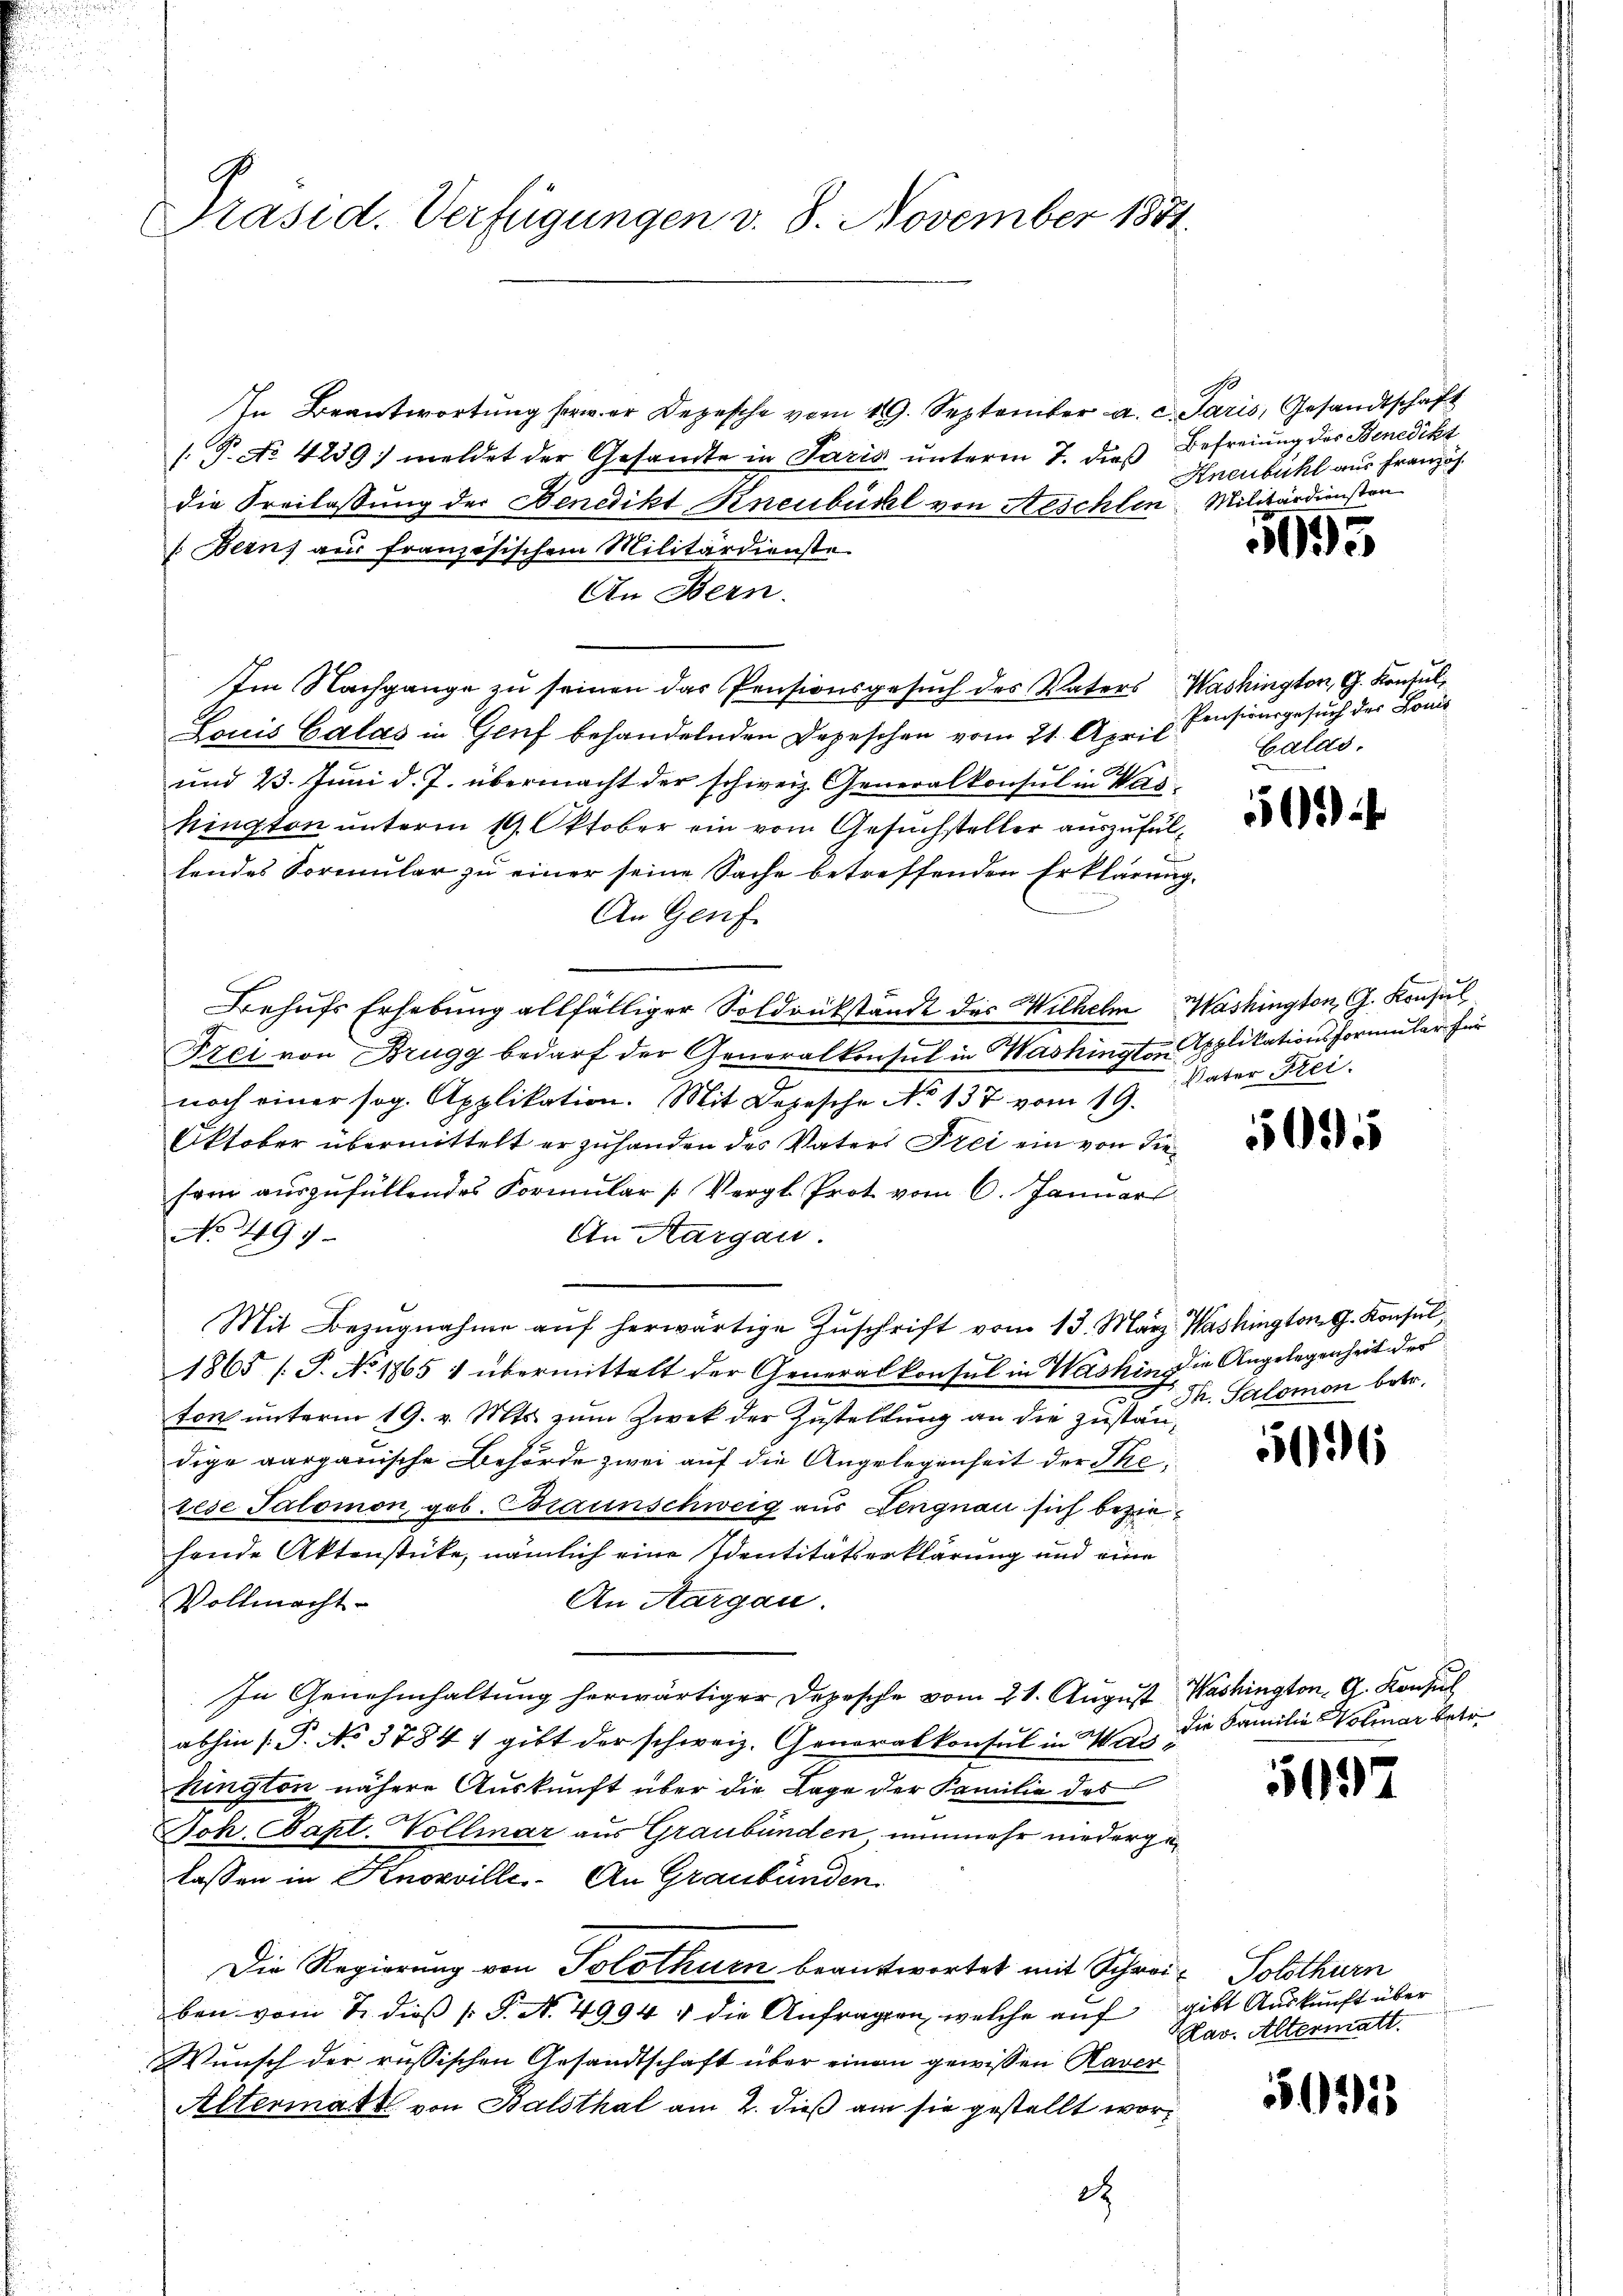
Präsid. Verfügungen v. 8. November 1881.

In Beantwortung herer Depesche vom 19. September a. c. Paris, Gesandtschaft
.P. No 4239) meldet der Gesandte in Paris unterm 7. dies Befreiung des Benedikt
die Freilassung der Benedikt Kneubüchl von Aeschlen. Militärdiensten
(Berns aus französischem Militärdienste
An Bern.
Im Nachgange zu seinen das Pensionsgesuch des Vaters Washington, G. Konsul¬
Louis Calas in Genf behandelnden Depeschen vom 21. April.
und 23. Juni d. J. übermacht der schweiz. Generalkonsul in Waskington unterm 19. Oktober ein vom Gesuchsteller auszufüllendes Formular zu einer seine Sache betreffenden Erklärung,
An Genf
Behufs Erhebung allfälliger Soldrükständt des Wilhelm Washington G. Konsul
c
Fzei von Brugg bedarf der Generalkonsul in Washington Applikationsformular für
noch einer sog. Applikation. Mit Depesche No 137 vom 19.
Oktober übermittelt er zuhanden des Vaters Frei ein von diesam auszufüllendes Formular (Vergl. Prot vom 6. Januar
No 1497.
An Aargau.
Mit Bezŭgnahme aŭf herwärtige Zŭschrift vom 13. März. Washington G. Konsŭl
1865 [P. No 1765 1 übermittelt der Generalkonsul in Washin die Angelegenheit der
ton unterm 19. v. Mts. zum Zwek der Zustellung an die zu. Salomon betr.
dige aargauische Behörde zwei auf die Angelegenheit der Thei
tese Salomon, geb. Braunschweig aus Lengnau sich beziefende Aktenstücke, nämlich eine Identitätserklärung und eine
An Sargau.
Vollmacht
In Genehmhaltung herwärtiger Depesche vom 21. August Washington G. Konsul
abhin (: P. No 37841 gibt der schweiz. Generalkonsul in Waskington nähere Auskunft über die Lage der Familie des
Joh. Bapt. Vollmar aus Graubünden nunmehr niedergelassen in Knoxville. An Graubünden.
Die Regierung von Solothurn beantwortet mit Schrei- Solothurn
ben vom 2. dieß s. S. N. 4994 & die Anfragen, welche auf
Wunsch der russischen Gesandtschaft über einen gewissen Raver
Altermatt von Balsthal am 2. dieß am sie gestellt word

Kneubühl aus Französ

635

Pensionsgesuch der Louis
Calds.

5

Vater Krei

509

526

die Familie Volmar betr.

5097

gibt Auskunft über
av. Altermatt.

50355